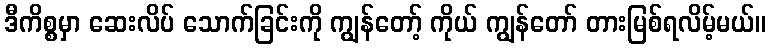
ဒီကိစ္စမှာ ဆေးလိပ် သောက်ခြင်းကို ကျွန်တော့် ကိုယ် ကျွန်တော် တားမြစ်ရလိမ့်မယ်။